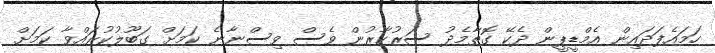
ހަމައެފަދައިން އެމްޑީޕީން ދެކޭ ގޮތާމެދު ސަރުކާރުން ވެސް ވިސްނާނެ ކަމަށް ގަބޫލުކުރައްވާ ކަމަށް